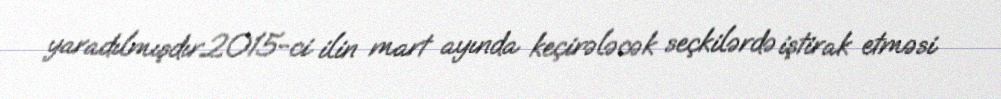
yaradılmışdır.2015-ci ilin mart ayında keçirələcək seçkilərdə iştirak etməsi